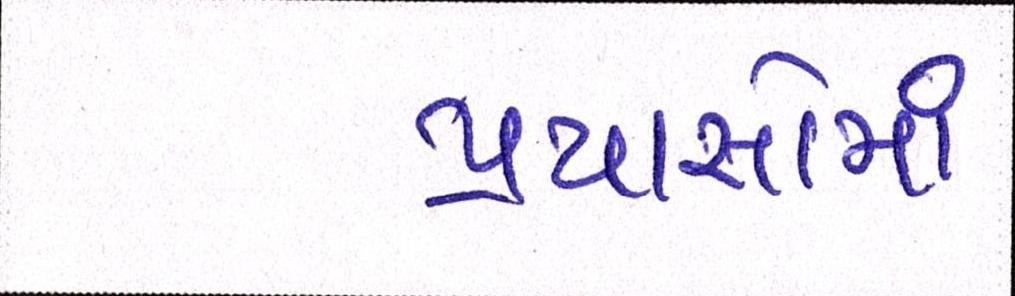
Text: પ્રયાસોમાં